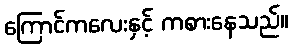
ကြောင်ကလေးနှင့် ကစားနေသည်။